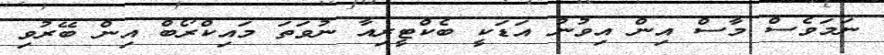
ނަމަވެސް މާސް އިން އިވުނު އަޑަކީ ބެކްޓީރިއާ ނުވަތަ މައިކްރޯބް އިން ބޭރުވި